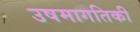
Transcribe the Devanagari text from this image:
उषमागतिकी